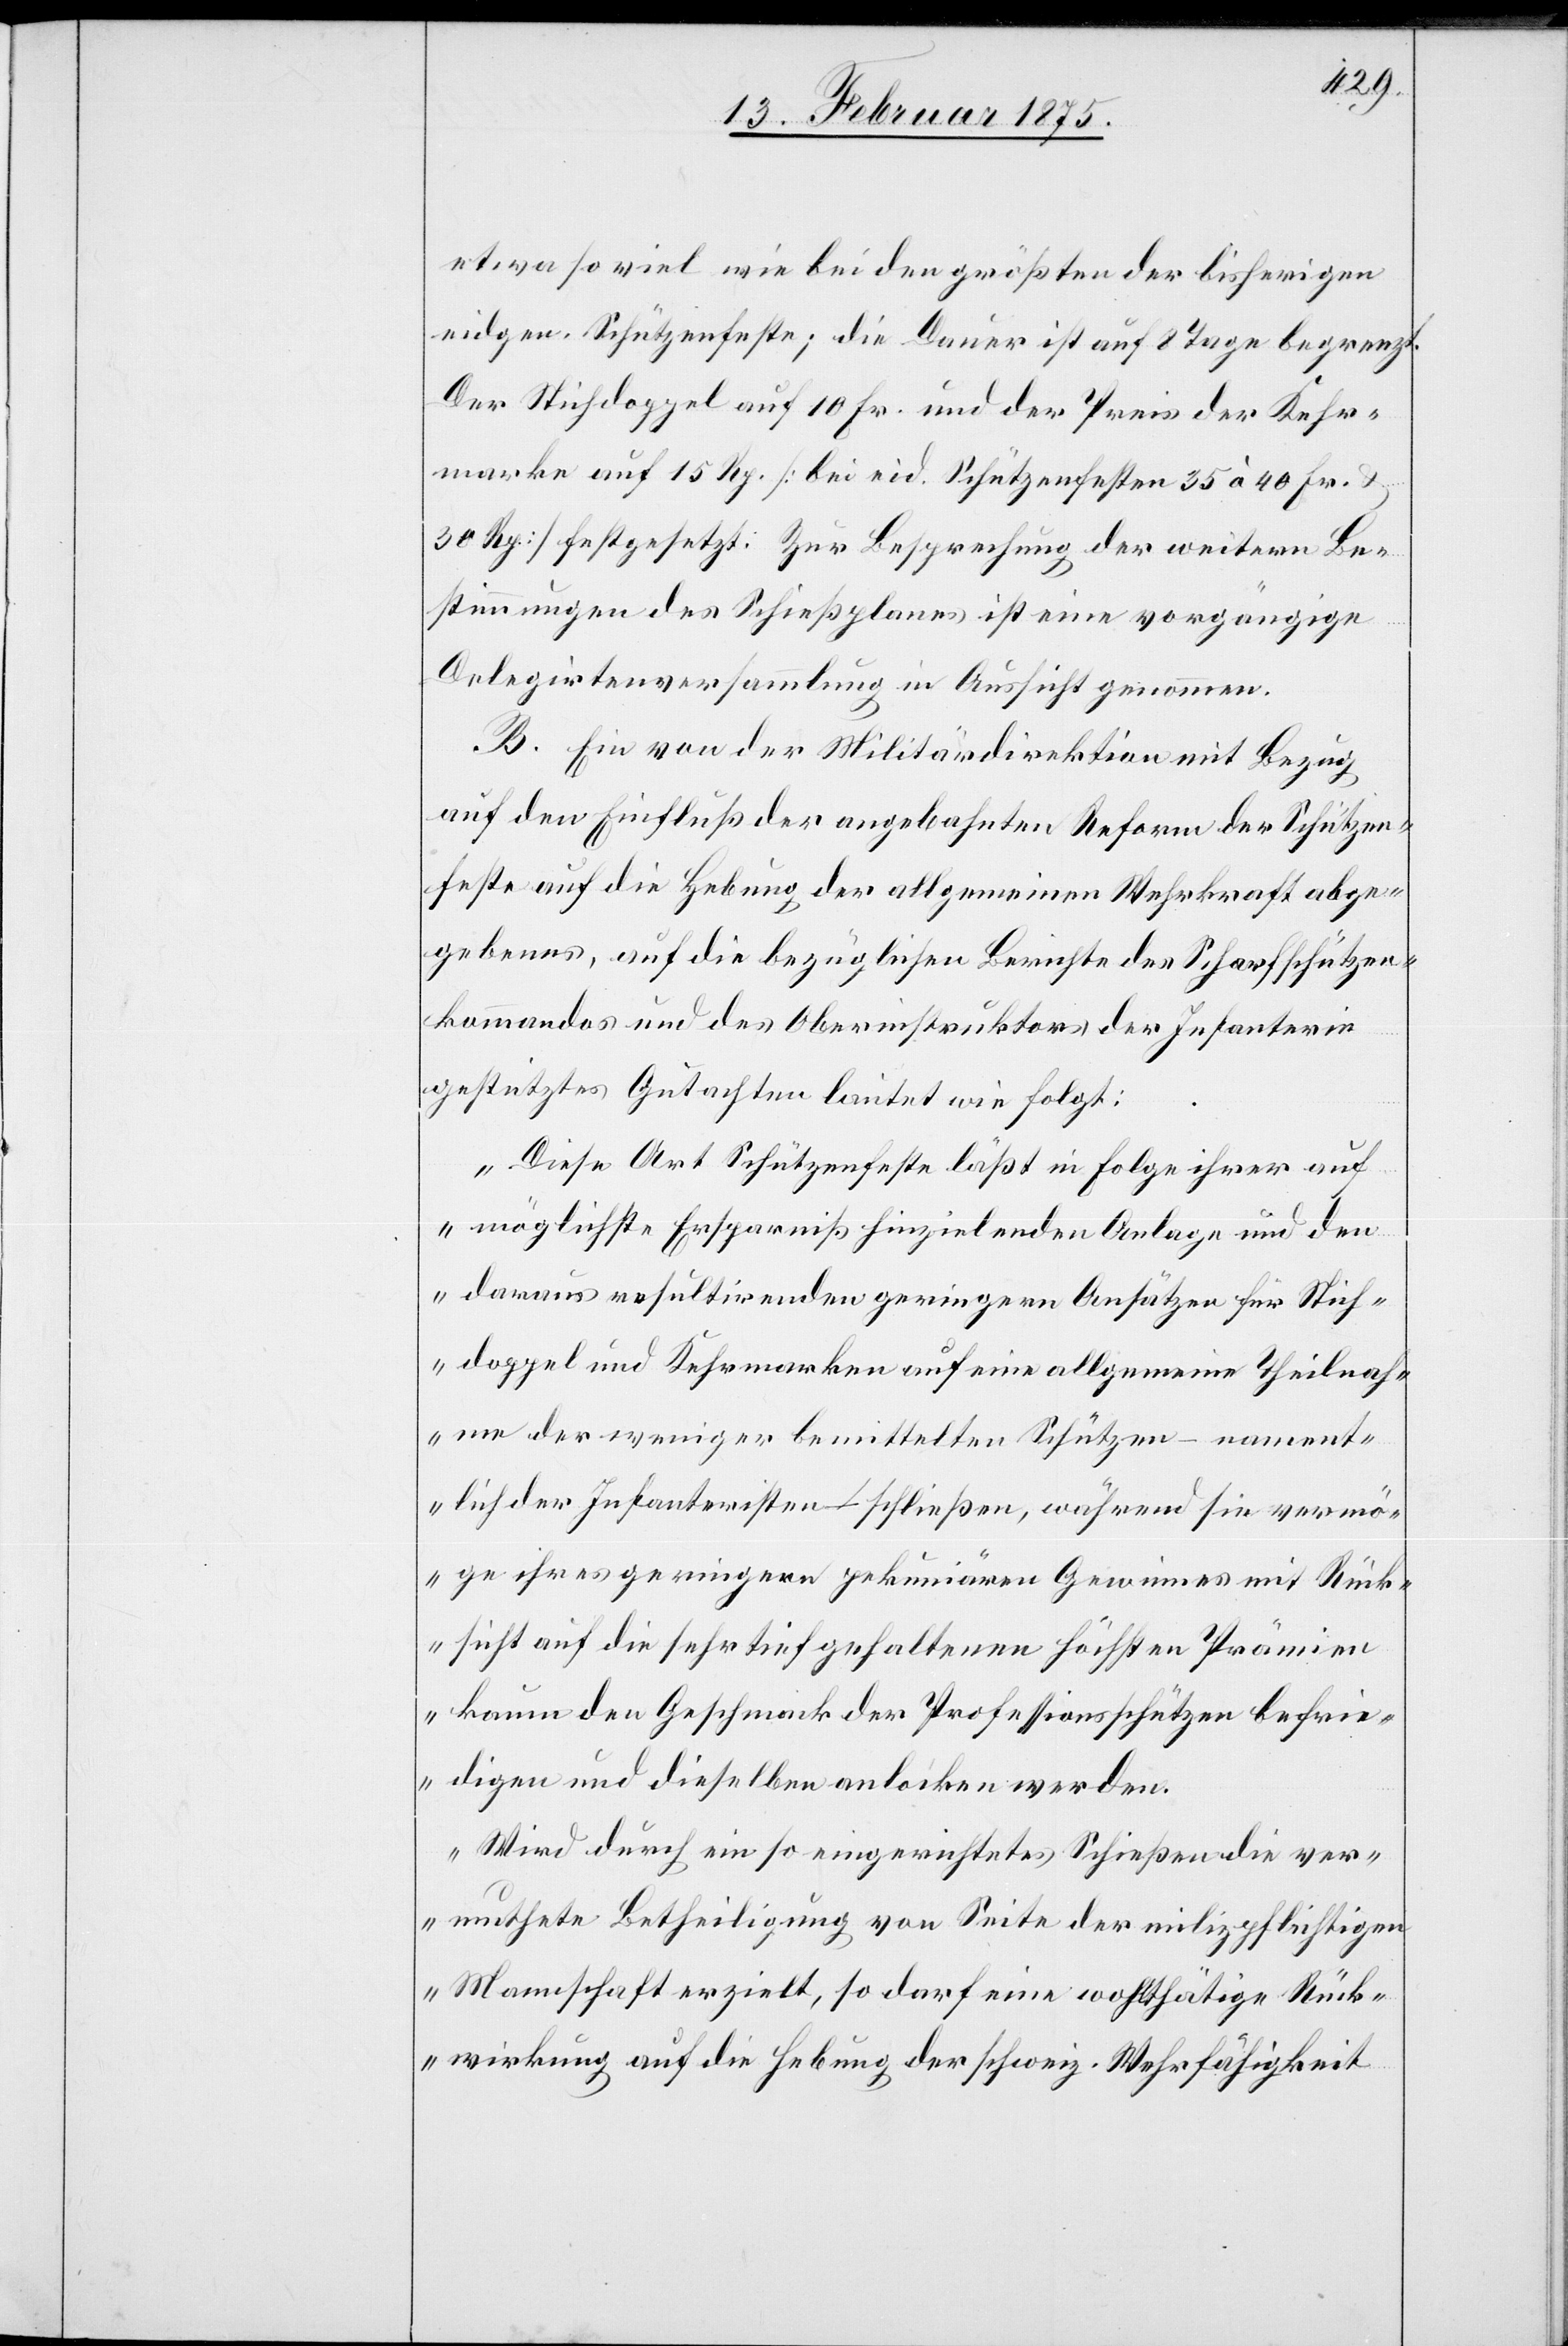
Stic¬
etwa so viel wie bei den größten der bisherigen
eidgen. Schützenfeste; die Dauer ist auf 8 Tage begrenzt.
Der Stichstoppel auf 10 Fr. und der Preis der Kehr¬
marke auf 15 Rp. (bei eid. Schützenfesten 35 à 40 Fr. u.
30 Rp.) festgesetzt. Zur Besprechung der weitern Be¬
stimmungen des Schießplanes ist eine vorgängige
Delegirtenversammlung in Aussicht genommen.
B. Ein von der Militärdirektion mit Bezug
auf den Einfluß der angebahnten Reform der Schützen¬
feste auf die Hebung der allgemeinen Wehrkraft abge¬
gebenes, auf die bezüglichen Berichte des Scharfschützen¬
kommandos und des Oberinstruktors der Infanterie
gestütztes Gutachten lautet wie folgt:
„Diese Art Schützenfeste läßt in Folge ihrer auf
möglichste Ersparniß hinzielenden Anlage und den
hdoppel und Kehrmarken auf eine allgemeine Theilnah¬
me der weniger bemittelten Schützen – nament¬
lich der Infanteristen – schließen, während sie vermö¬
ge ihres geringern pekuriären Gewinnes mit Rück¬
sicht auf die sehr tief gehaltenen höchsten Prämien
kaum den Geschmack der Professionsschützen befrie¬
digen und dieselben anlocken werden.
Wird durch ein so eingerichtetes Schießen die ver¬
muthete Betheiligung von Seite der milizpflichtigen
Mannschaft erzielt, so darf eine wohlthätige Rück¬
wirkung auf die Hebung der schweiz. Wehrfähigkeit